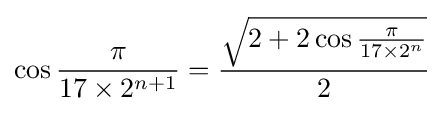
\cos {\frac {\pi }{17\times 2^{n+1}}}={\frac {\sqrt {2+2\cos {\frac {\pi }{17\times 2^{n}}}}}{2}}